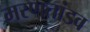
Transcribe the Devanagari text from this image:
मरणतांडव